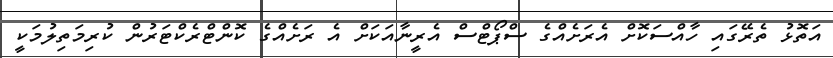
އަތޮޅު ތެރޭގައި ހާއްސަކޮށް އެރަށެއްގެ ސްޕޯޓްސް އެރީނާއަކަށް އެ ރަށެއްގެ ކޮންޓްރެކްޓަރުން ކުރިމަތިލުމަކީ